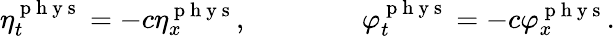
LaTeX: \eta_{t}^{\mathrm{~p~h~y~s~}}=-c\eta_{x}^{\mathrm{~p~h~y~s~}},\qquad\qquad\varphi_{t}^{\mathrm{~p~h~y~s~}}=-c\varphi_{x}^{\mathrm{~p~h~y~s~}}.